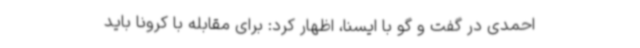
احمدی در گفت و گو با ایسنا، اظهار کرد: برای مقابله با کرونا باید